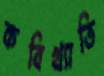
কবিখ্যাতি